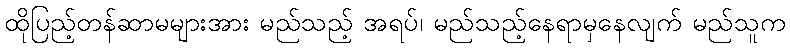
ထိုပြည့်တန်ဆာမများအား မည်သည့် အရပ်၊ မည်သည့်နေရာမှနေလျက် မည်သူက